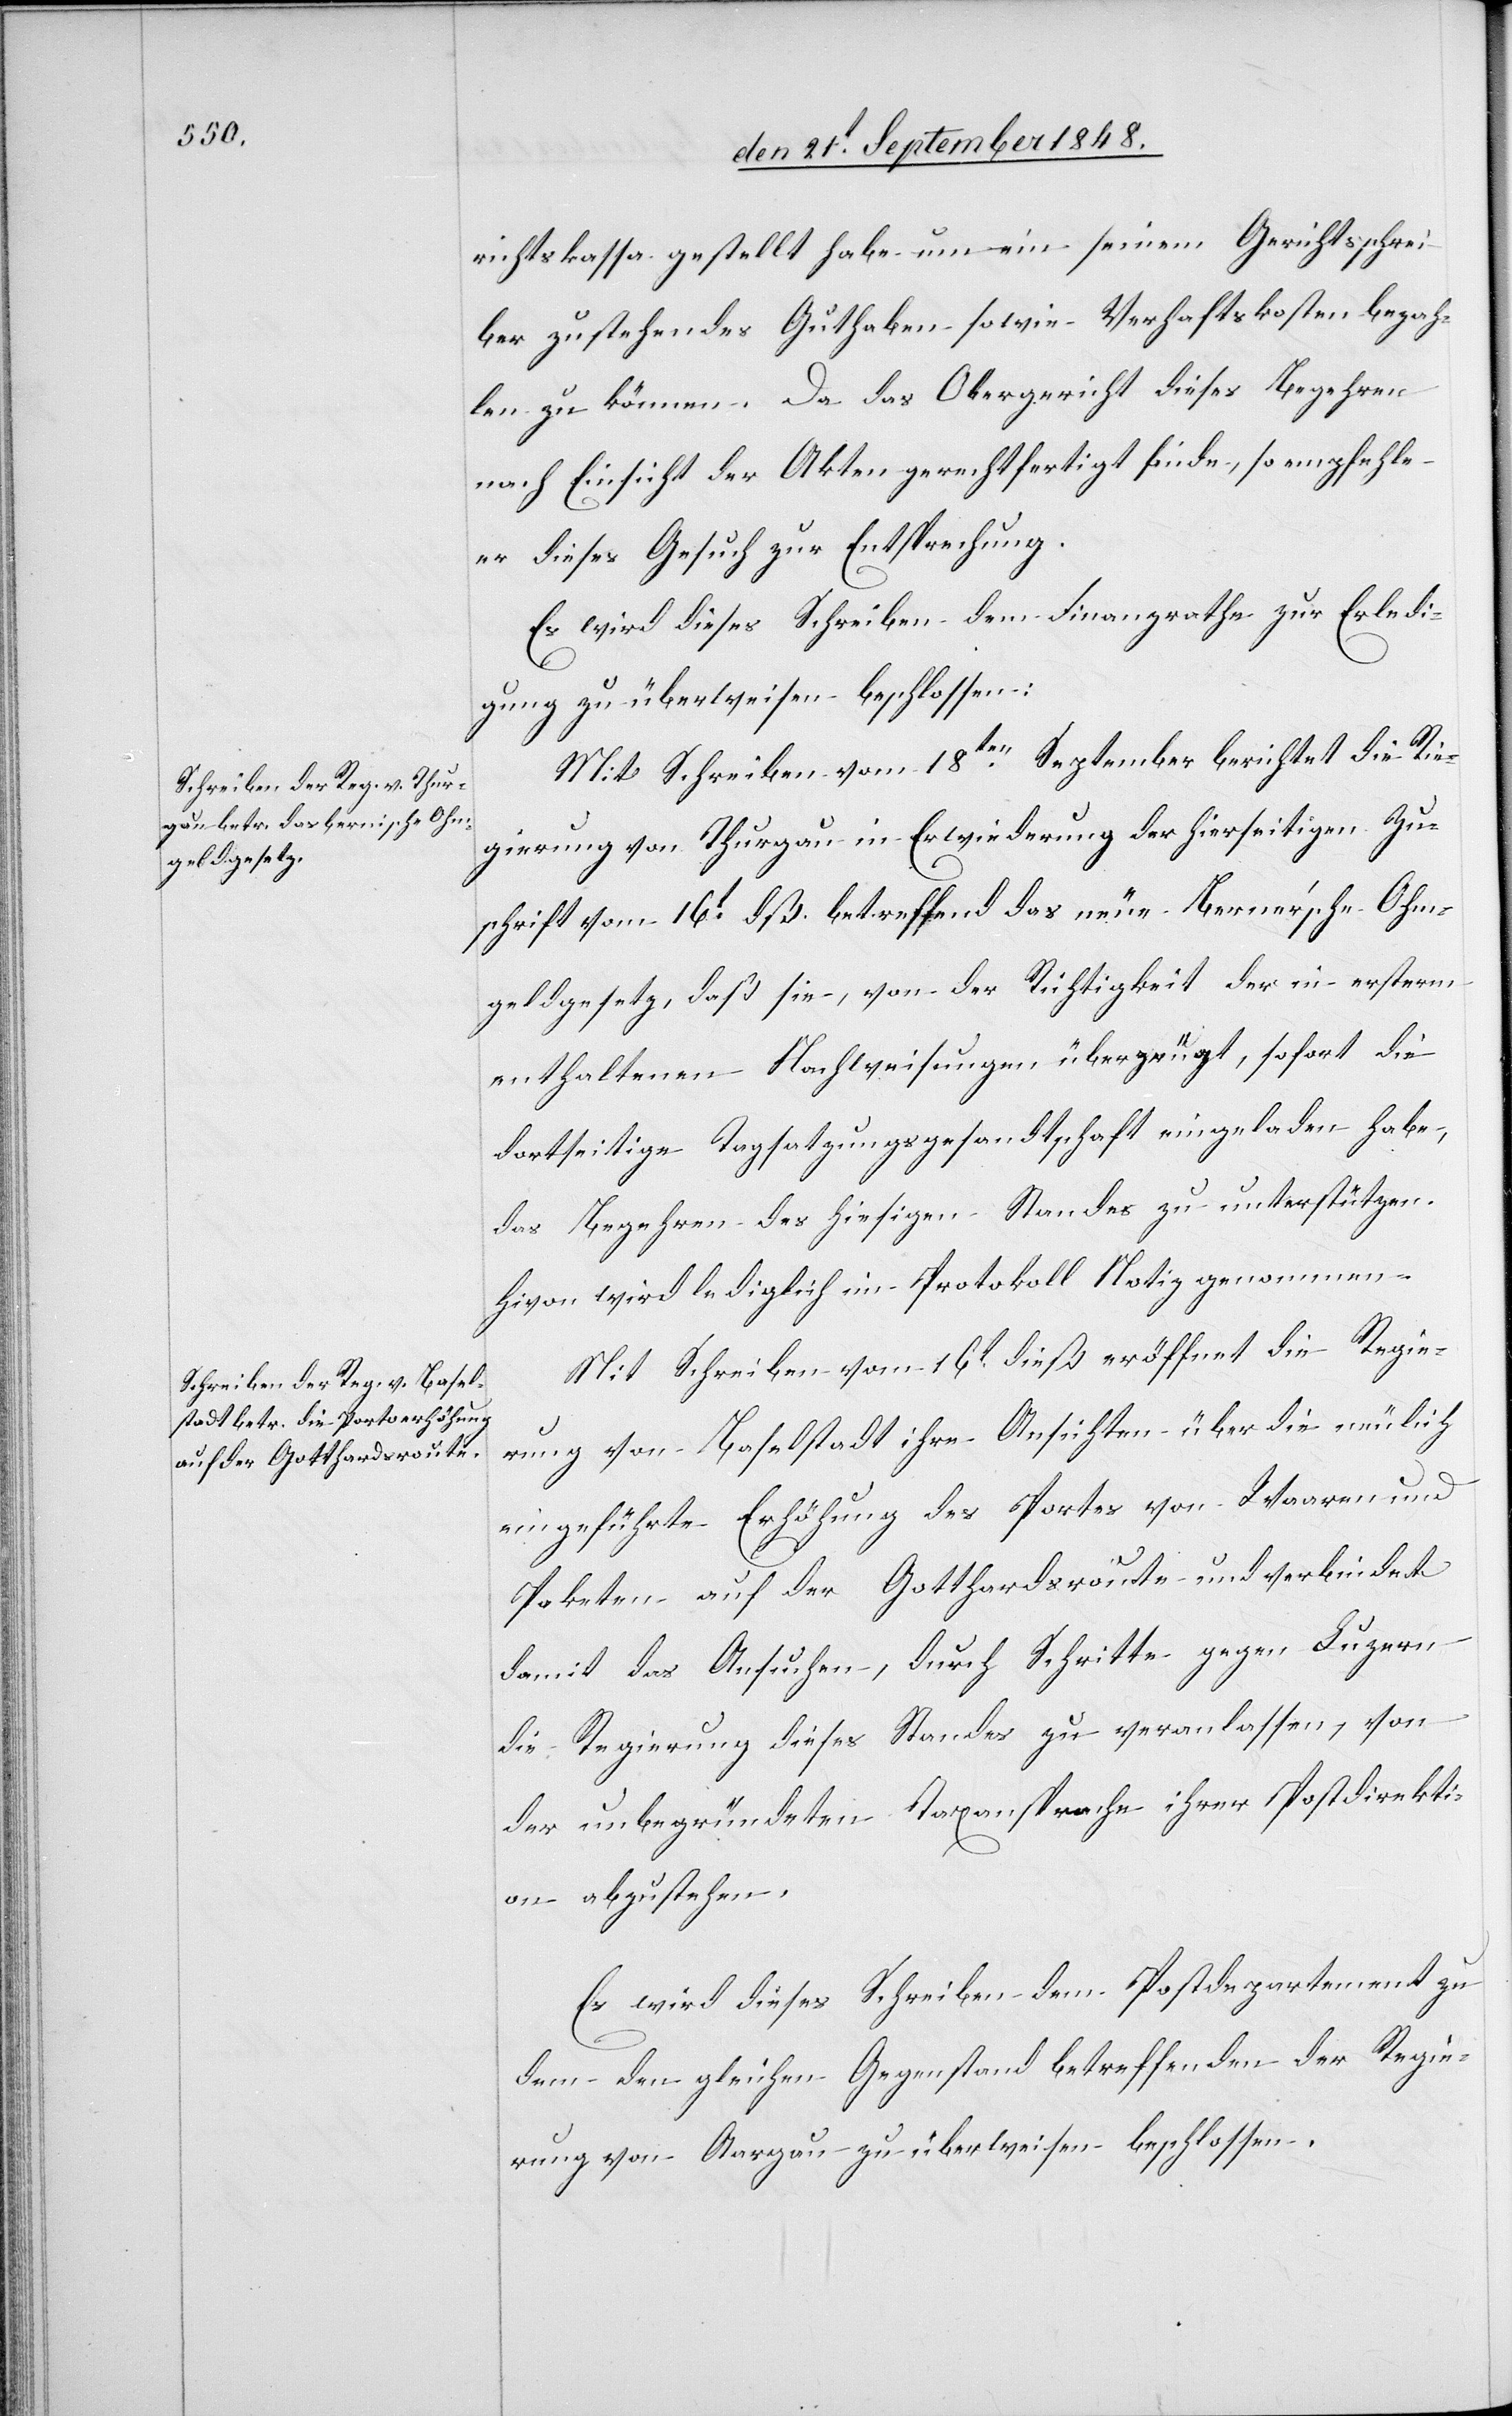
richtskassa gestellt habe um ein seinem Gerichtsschrei¬
ber zustehendes Guthaben sowie Verhaftskosten bezah¬
len zu können. Da das Obergericht dieses Begehren
nach Einsicht der Akten gerechtfertigt finde, so empfehle
er dieses Gesuch zur Entsprechung.
Es wird dieses Schreiben dem Finanzrathe zur Erledi¬
gung zu überweisen beschlossen.
Mit Schreiben vom 18ten September berichtet die Rie¬
gierung [sic!] von Thurgau in Erwiederung der hierseitigen Zu¬
schrift vom 16t dß. betreffend das neue Berner’sche Ohm¬
geldgesetz, daß sie, von der Richtigkeit der in ersterm
enthaltenen Nachweisungen überzeugt, sofort die
dortseitige Tagsatzungsgesandtschaft eingeladen habe,
das Begehren des hiesigen Standes zu unterstützen.
Hievon wird lediglich im Protokoll Notiz genommen.
Mit Schreiben vom 16t dieß eröffnet die Regie¬
rung von Baselstadt ihre Ansichten über die neulich
eingeführte Erhöhung des Portes von Waaren und
Paketen auf der Gotthardroute und verbindet
damit das Ansuchen, durch Schritte gegen Luzern
die Regierung dieses Standes zu veranlassen, von
der unbegründeten Taxansprache ihrer Postdirekti¬
on abzustehen.
Es wird dieses Schreiben dem Postdepartment zu
dem den gleichen Gegenstand betreffenden der Regie¬
rung von Aargau zu überweisen beschlossen.